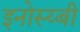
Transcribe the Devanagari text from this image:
इनोस्य्बी